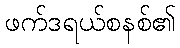
ဖက်ဒရယ်စနစ်၏